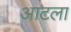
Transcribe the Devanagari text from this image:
आटला